Annual report on the lock hospitals of the Madras Presidency
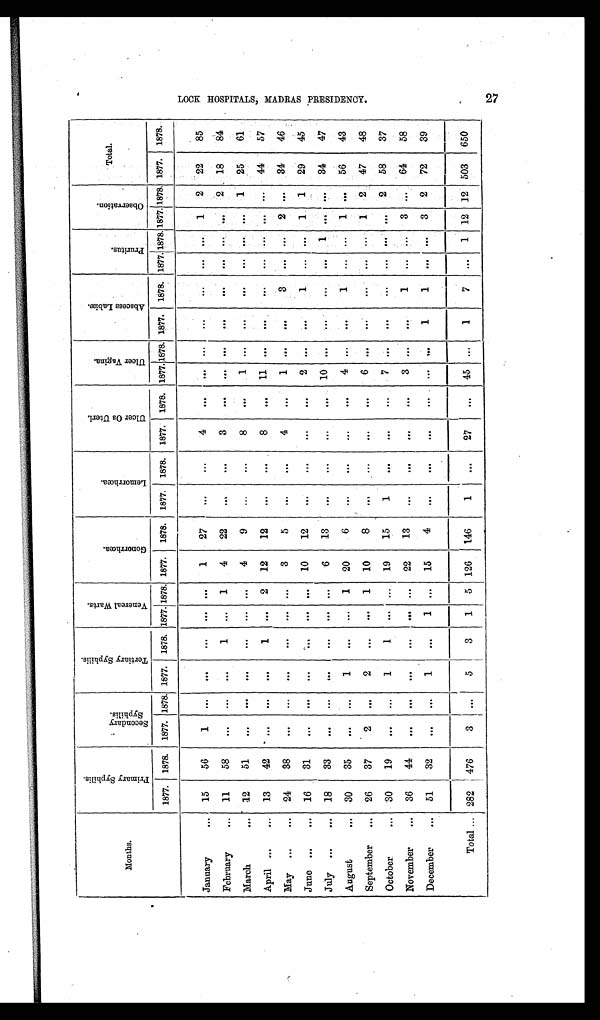
Months.
P r i m a r y S y p h i l i s .
S e c o n d a r y S y p h i l i s .
T e r t i a r y S y p h i l i s .
V e n e r e a l W a r t s .
G o n o r r h œ a .
L e m o r r h œ a .
U l c e r O s U t e r i .
Ul c e r Va g i n a .
A b s c e s s L a b i æ .
Pr u r i t u s .
Ob s e r v a t i o n .
Total.
1877
1878. 1877. 1878. 1877. 1878. 1877. 1878. 1877.
1878. 1877. 1878. 1877. 1878. 1877 1878. 1877. 1878. 1877. 1878. 1877. 1878. 1877. 1878.
January
...
15
56
1
...
. . .
. . .
. . .
. . .
1
27
. . .
...
4
...
. . . ...
. . .
. . .
. . .
. . .
1
2
22
85
February
...
11
58
. . .
. . .
. . .
1
. . .
1
4
22
. . .
. . .
3
. . .
. . .
. . .
. . .
. . .
. . .
. . .
. . .
2
18
84
March
...
12
51
. . .
. . .
. . .
. . .
. . .
. . .
4
9
...
. . .
8
. . .
1
. . .
. . .
. . .
. . .
. . .
. . .
1
25
61
April ....
...
13
42
. . .
. . .
. . .
1
. . .
2
12
12
. . .
. . .
8
. . .
11
. . .
. . .
. . .
. . .
. . . ...
. . .
44
57
May
...
...
24
38
. . .
...
. . .
. . .
. . .
. . .
3
5
...
. . .
4
. . .
1 ..
. . .
3
. . .
. . . 2 ...
34
46
June ...
...
16
31
. . .
. . .
...
. . .
. . . ...
10
12
. . .
. . .
. . .
. . .
2 ...
. . .
1
. . .
. . .
1 1
29
45
July
...
...
18
33
. . .
. . .
....
. . .
. . .
. . .
6
13
. . .
. . .
. . .
. . .
10
. . .
. . .
. . .
. . .
1
. . . ...
34
47
August
...
30
35
. . .
. . .
1
. . .
. . . 1
20
6
. . .
. . .
. . .
...
4
. . .
. . .
1
. . .
. . .
1
. . .
56
43
September
...
26
37
2
. . .
2
. . .
. . . 1
10
8
. . .
...
. . .
. . .
6 ...
. . .
. . .
. . .
. . .
1
2 47
48
October
...
30
19
. . .
. . .
1
1
... ...
19
15
1
. . .
. . .
. . .
7 ...
...
. . .
...
. . .
. . .
2
58
37
November
...
36
44
. . .
. . .
. . .
. . .
. . .
. . .
22
13
. . .
. . .
. . .
. . .
3 ...
. . .
1
. . .
. . .
3
. . .
64
58
December
...
51
32
. . .
. . .
1
. . .
1
. . .
15
4
. . .
...
. . .
...
. . .
. . .
1
1
. . .
. . .
3
2
72
39
Total ... 282
476
3
. . .
5
3
1
5 126
146
1
...
27
. . .
45
. . .
1
7
. . .
1 12 12 503
650
2 7